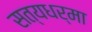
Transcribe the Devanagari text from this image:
सत्यधर्मा